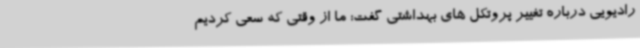
رادیویی درباره تغییر پروتکل های بهداشتی گفت: ما از وقتی که سعی کردیم